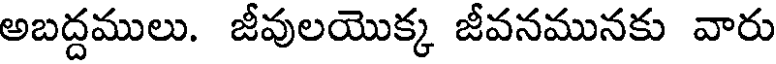
అబద్దములు. జీవులయొక్క జీవనమునకు వారు